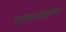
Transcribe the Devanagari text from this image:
षट्कारासहीत